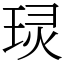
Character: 㻏